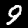
Digit: 9